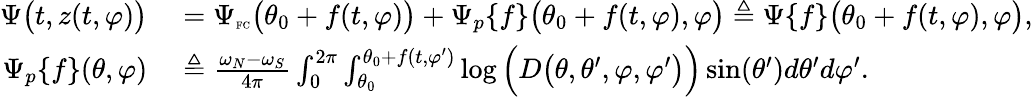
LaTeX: \begin{array}{rl}{\Psi\big(t,z(t,\varphi)\big)}&{{}=\Psi_{\textnormal{\tiny{FC}}}\big(\theta_{0}+f(t,\varphi)\big)+\Psi_{p}\{ f\} \big(\theta_{0}+f(t,\varphi),\varphi\big)\triangleq\Psi\{ f\} \big(\theta_{0}+f(t,\varphi),\varphi\big),}\\ {\Psi_{p}\{ f\} (\theta,\varphi)}&{{}\triangleq\frac{\omega_{N}-\omega_{S}}{4\pi}\int_{0}^{2\pi}\int_{\theta_{0}}^{\theta_{0}+f(t,\varphi^{\prime})}\log\Big(D\big(\theta,\theta^{\prime},\varphi,\varphi^{\prime}\big)\Big)\sin(\theta^{\prime})d\theta^{\prime}d\varphi^{\prime}.}\end{array}